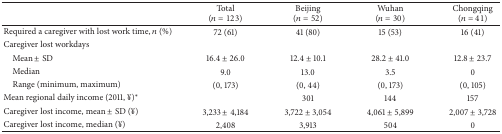
<table><thead><tr><td><b> </b></td><td><b>Total(<i>n</i> = 123)</b></td><td><b>Beijing(<i>n</i> = 52)</b></td><td><b>Wuhan(<i>n</i> = 30)</b></td><td><b>Chongqing(<i>n</i> = 41)</b></td></tr></thead><tbody><tr><td>Required a caregiver with lost work time, <i>n</i> (%)</td><td>72 (61)</td><td>41 (80)</td><td>15 (53)</td><td>16 (41)</td></tr><tr><td>Caregiver lost workdays</td><td> </td><td> </td><td> </td><td> </td></tr><tr><td> Mean ± SD</td><td>16.4 ± 26.0</td><td>12.4 ± 10.1</td><td>28.2 ± 41.0</td><td>12.8 ± 23.7</td></tr><tr><td> Median</td><td>9.0</td><td>13.0</td><td>3.5</td><td>0</td></tr><tr><td> Range (minimum, maximum)</td><td>(0, 173)</td><td>(0, 44)</td><td>(0, 173)</td><td>(0, 105)</td></tr><tr><td>Mean regional daily income (2011, ¥)<sup><i>∗</i></sup></td><td> </td><td>301</td><td>144</td><td>157</td></tr><tr><td>Caregiver lost income, mean ± SD (¥)</td><td>3,233 ± 4,184</td><td>3,722 ± 3,054</td><td>4,061 ± 5,899</td><td>2,007 ± 3,728</td></tr><tr><td>Caregiver lost income, median (¥)</td><td>2,408</td><td>3,913</td><td>504</td><td>0</td></tr></tbody></table>